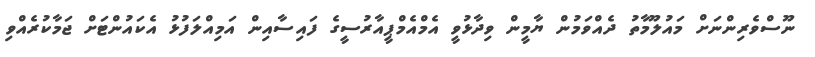
ނޫސްވެރިންނަށް މައުލޫމާތު ދެއްވަމުން ޔާމީން ވިދާޅުވީ އެމްއެމްޕީއާރުސީގެ ފައިސާއިން އަމިއްލަފުޅު އެކައުންޓަށް ޖަމާކުރެއްވި